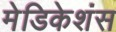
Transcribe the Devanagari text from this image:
मेडिकेशंस